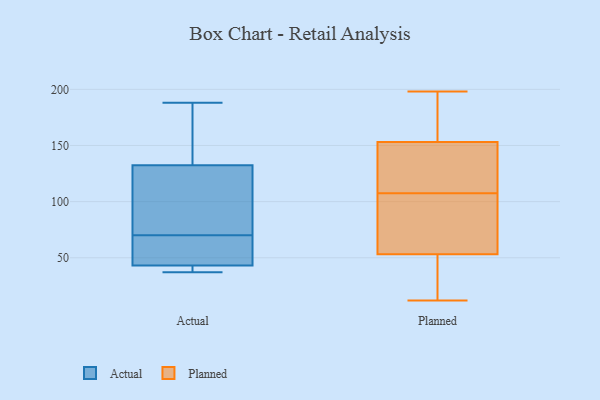
{"axis": {"x": "Churn Rate (%)", "y": "Value"}, "legend": ["Actual", "Planned"], "data": [{"x": "", "y": 37, "type": "Actual"}, {"x": "", "y": 166, "type": "Actual"}, {"x": "", "y": 72, "type": "Actual"}, {"x": "", "y": 44, "type": "Actual"}, {"x": "", "y": 56, "type": "Actual"}, {"x": "", "y": 104, "type": "Actual"}, {"x": "", "y": 155, "type": "Actual"}, {"x": "", "y": 40, "type": "Actual"}, {"x": "", "y": 64, "type": "Actual"}, {"x": "", "y": 188, "type": "Actual"}, {"x": "", "y": 39, "type": "Actual"}, {"x": "", "y": 70, "type": "Actual"}, {"x": "", "y": 125, "type": "Actual"}, {"x": "", "y": 153, "type": "Planned"}, {"x": "", "y": 32, "type": "Planned"}, {"x": "", "y": 198, "type": "Planned"}, {"x": "", "y": 144, "type": "Planned"}, {"x": "", "y": 184, "type": "Planned"}, {"x": "", "y": 140, "type": "Planned"}, {"x": "", "y": 71, "type": "Planned"}, {"x": "", "y": 179, "type": "Planned"}, {"x": "", "y": 137, "type": "Planned"}, {"x": "", "y": 97, "type": "Planned"}, {"x": "", "y": 38, "type": "Planned"}, {"x": "", "y": 181, "type": "Planned"}, {"x": "", "y": 97, "type": "Planned"}, {"x": "", "y": 12, "type": "Planned"}, {"x": "", "y": 118, "type": "Planned"}, {"x": "", "y": 37, "type": "Planned"}, {"x": "", "y": 53, "type": "Planned"}, {"x": "", "y": 96, "type": "Planned"}]}